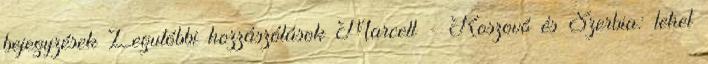
bejegyzések Legutóbbi hozzászólások Marcell - Koszovó és Szerbia: lehet